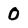
Character: 0